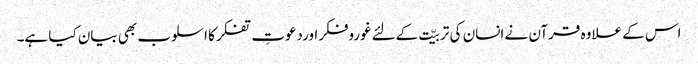
اس کے علاوہ قرآن نے انسان کی تربیّت کےلئےغوروفکراوردعوتِ تفکر کا اسلوب بھی بیان کیا ہے۔